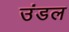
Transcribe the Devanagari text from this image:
उंडल